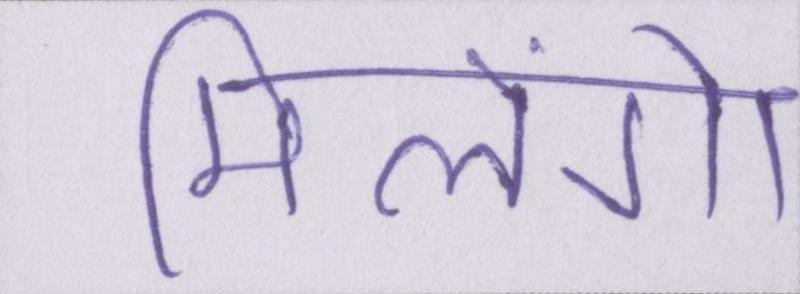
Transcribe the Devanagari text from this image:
मिलेंगे।